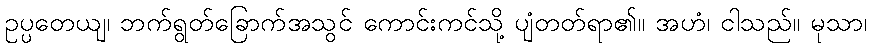
ဥပ္ပတေယျ၊ ဘက်ရွတ်ခြောက်အသွင် ကောင်းကင်သို့ ပျံတတ်ရာ၏။ အဟံ၊ ငါသည်။ မုသာ၊